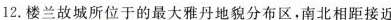
12.楼兰故城所位于的最大雅丹地貌分布区，南北相距接近